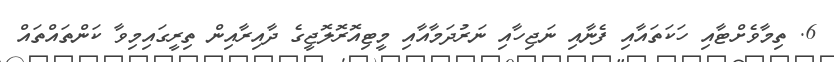
6. ތިމާވެށްޓާއި ހަކަތައާއި ފެނާއި ނަޖިހާއި ނަރުދަމާއާއި މީޓިއޮރޮލޮޖީގެ ދާއިރާއިން ތިރީގައިމިވާ ކަންތައްތައް